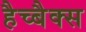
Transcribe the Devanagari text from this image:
हैच्बैक्स